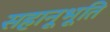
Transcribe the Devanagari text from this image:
सहानूभूति